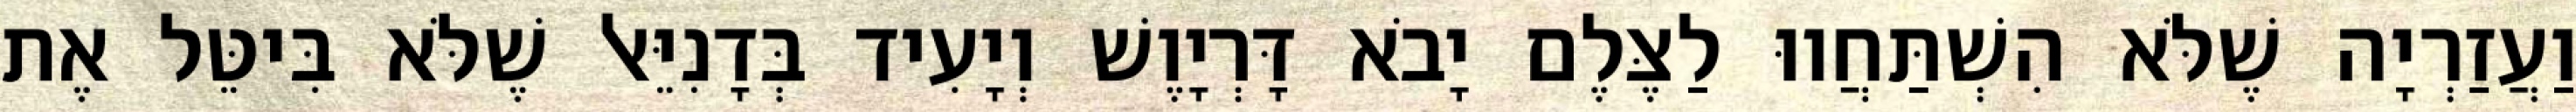
וַעֲזַרְיָה שֶׁלֹּא הִשְׁתַּחֲווּ לַצֶּלֶם יָבֹא דָּרְיָוֶשׁ וְיָעִיד בְּדָנִיֵּאל שֶׁלֹּא בִּיטֵּל אֶת